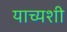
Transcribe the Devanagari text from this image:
याच्यशी